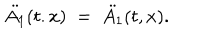
LaTeX: \ddot { A _ { 1 } } ( t . x ) \; = \; \ddot { A _ { 1 } } ( t , x ) .